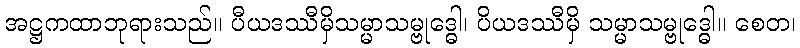
အဋ္ဌကထာဘုရားသည်။ ပီယဒဿီမှိသမ္မာသမ္ဗုဒ္ဓေါ၊ ပိယဒဿီမှိ သမ္မာသမ္ဗုဒ္ဓေါ။ စေတ၊